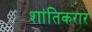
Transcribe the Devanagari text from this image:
शांतिकरार